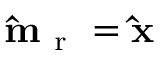
\mathbf { \hat { m } } _ { \mathrm { ~ r ~ } } = \mathbf { \hat { x } }